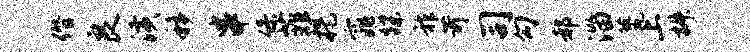
僭良潢移串保菲提窕蹀祚苛司勾郝淄甍上椒